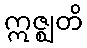
ဣဇ္ဈတိ